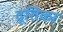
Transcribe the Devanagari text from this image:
दूतिका